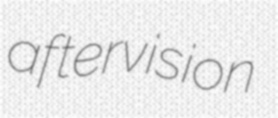
aftervision